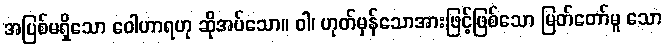
အပြစ်မရှိသော ဝေါဟာရဟု ဆိုအပ်သော။ ဝါ၊ ဟုတ်မှန်သောအားဖြင့်ဖြစ်သော မြတ်တော်မူ သော